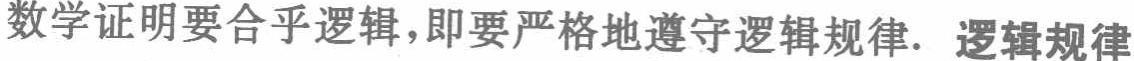
数学证明要合乎逻辑，即要严格地遵守逻辑规律. 逻辑规律